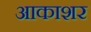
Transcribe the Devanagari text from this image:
आकाशर